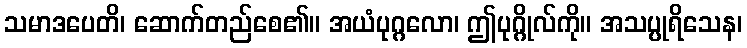
သမာဒပေတိ၊ ဆောက်တည်စေ၏။ အယံပုဂ္ဂလော၊ ဤပုဂ္ဂိုလ်ကို။ အသပ္ပုရိသေန၊